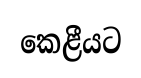
කෙළීයට